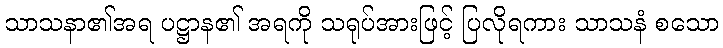
သာသနာ၏အရ ပဋ္ဌာန၏ အရကို သရုပ်အားဖြင့် ပြလိုရကား သာသနံ စသော